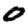
Digit: 0